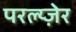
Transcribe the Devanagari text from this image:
परल्य्ज़ेर